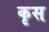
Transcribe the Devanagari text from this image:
कृस